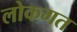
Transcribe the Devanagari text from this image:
लोकगत